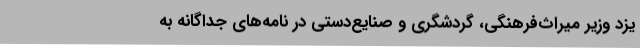
یزد وزیر میراث‌فرهنگی، گردشگری و صنایع‌دستی در نامه‌های جداگانه به